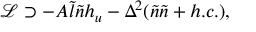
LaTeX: \mathcal { L } \supset - A \tilde { l } \tilde { n } h _ { u } - \Delta ^ { 2 } ( \tilde { n } \tilde { n } + h . c . ) ,